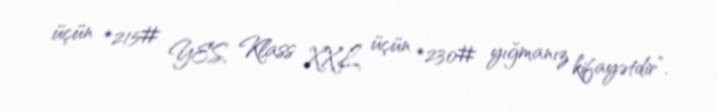
üçün *215# YES, Klass XXL üçün *230# yığmanız kifayətdir”.